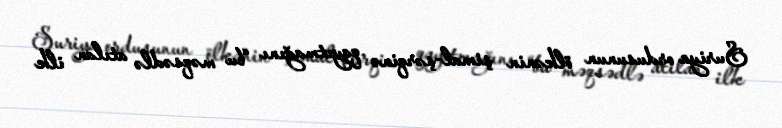
Suriya ordusunun ölkənin şimal-şərqinə qayıtmağını “bu məqsədlə atılan ilk